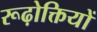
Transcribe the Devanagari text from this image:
रूढ़ोक्तियों